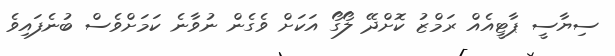
ސިޔާސީ ޕާޓީއެއް ރަމްޒު ކޮށްދޭ ލޯގޯ އަކަށް ވެގެން ނުވާނެ ކަމަށްވެސް ބުނެފައިވެ